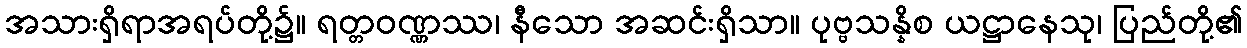
အသားရှိရာအရပ်တို့၌။ ရတ္တဝဏ္ဏဿ၊ နီသော အဆင်းရှိသာ။ ပုဗ္ဗသန္နိစ ယဋ္ဌာနေသု၊ ပြည်တို့၏